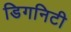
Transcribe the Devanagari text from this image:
डिगनिटी